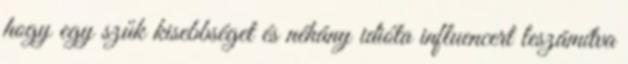
hogy egy szűk kisebbséget és néhány idióta influencert leszámítva